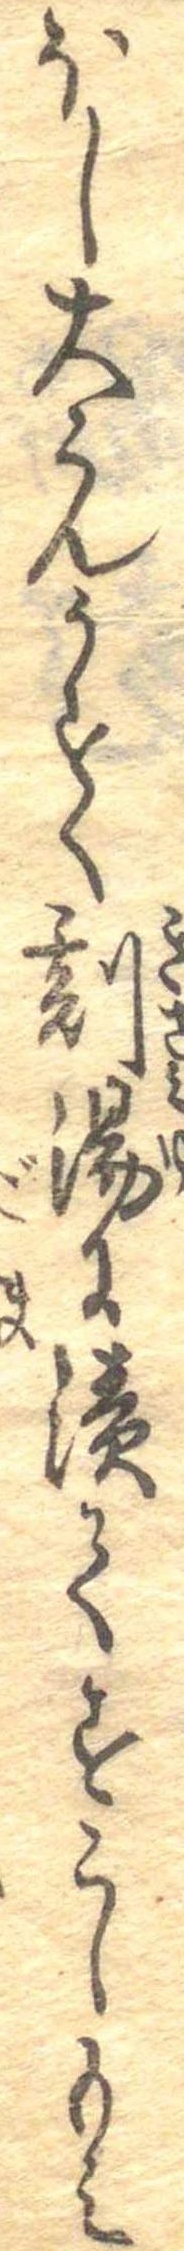
ほし大こんうすく刻湯に漬てすこしもみ